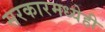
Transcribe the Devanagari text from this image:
सरकारमध्येही